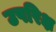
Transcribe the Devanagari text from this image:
उपरिक्ष